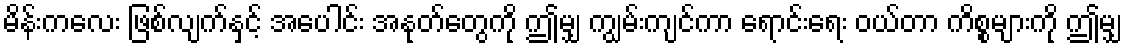
မိန်းကလေး ဖြစ်လျက်နှင့် အပေါင်း အနုတ်တွေကို ဤမျှ ကျွမ်းကျင်ကာ ရောင်းရေး ဝယ်တာ ကိစ္စများကို ဤမျှ